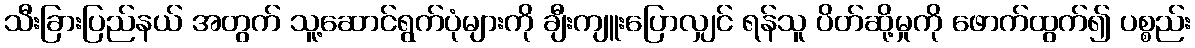
သီးခြားပြည်နယ် အတွက် သူ့ဆောင်ရွက်ပုံများကို ချီးကျူးပြောလျှင် ရန်သူ ပိတ်ဆို့မှုကို ဖောက်ထွက်၍ ပစ္စည်း